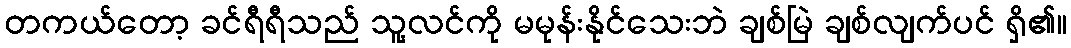
တကယ်တော့ ခင်ရီရီသည် သူ့လင်ကို မမုန်းနိုင်သေးဘဲ ချစ်မြဲ ချစ်လျက်ပင် ရှိ၏။